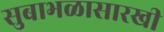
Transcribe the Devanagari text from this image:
सुबाभळासारखी